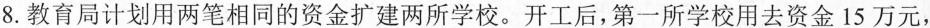
8.教育局计划用两笔相同的资金扩建两所学校。开工后，第一所学校用去资金15 万元，